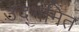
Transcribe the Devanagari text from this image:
उद्गमित